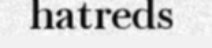
hatreds